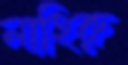
লাহিরু